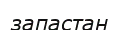
запастан